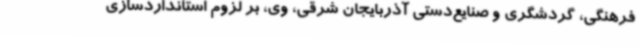
فرهنگی، گردشگری و صنایع‌دستی آذربایجان شرقی، وی، بر لزوم استانداردسازی